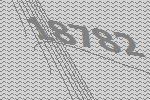
18782